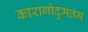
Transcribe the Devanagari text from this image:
कारागोदुमत्तम